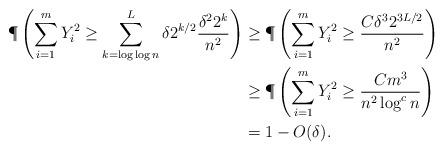
LaTeX: \begin{align*}\P\left(\sum_{i=1}^m Y_i^2 \geq \sum_{k = \log \log n}^{L} \delta 2^{k/2} \frac{\delta^2 2^k}{n^2} \right) &\geq \P\left(\sum_{i=1}^m Y_i^2 \geq \frac{C \delta^3 2^{3L/2}}{n^2} \right) \\&\geq \P\left(\sum_{i=1}^m Y_i^2 \geq \frac{C m^{3}}{n^2 \log^c n} \right) \\&= 1 - O(\delta).\end{align*}